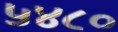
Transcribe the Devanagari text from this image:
५४८०